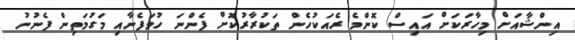
އިންޝާއަށް މިހާރަކަށް އައިސް ކޮންމެ ރެއަކުހެން ތަކުރާރުކޮށް ފެންނަ ހުވަފެނާއި މަގުމަތިން ފެނުނު